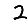
Digit: 2